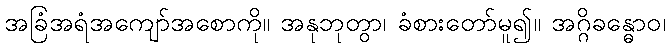
အခြံအရံအကျော်အစောကို။ အနုဘုတွာ၊ ခံစားတော်မူ၍။ အဂ္ဂိခန္ဓောဝ၊